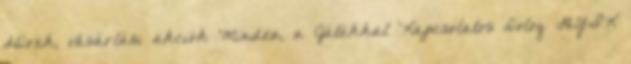
Hírek, vásárlási akciók Minden, a Játékkal Kapcsolatos Dolog GYIK